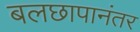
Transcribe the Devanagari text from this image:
बलछापानंतर